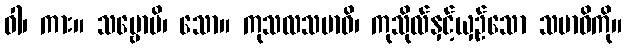
ဝါ၊ ကား။ သဗ္ဗောပိ၊ သော။ ကုသလသမာဓိ၊ ကုသိုလ်နှင့်ယှဉ်သော သမာဓိကို။